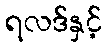
ရလဒ်နှင့်